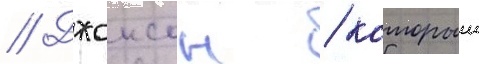
// Джонсон / которыи